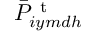
\bar { P } _ { i y m d h } ^ { \mathrm { ~ t ~ } }